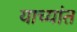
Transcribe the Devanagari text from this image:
याच्यांत